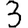
Digit: 3